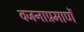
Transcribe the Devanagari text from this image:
वजनाप्रमाणें